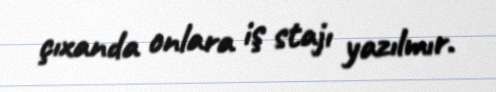
çıxanda onlara iş stajı yazılmır.